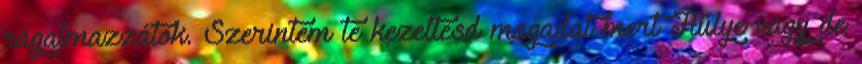
rágalmazzátok. Szerintem te kezeltesd magadat mert Hülye vagy de